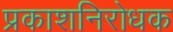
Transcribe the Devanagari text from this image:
प्रकाशनिरोधक